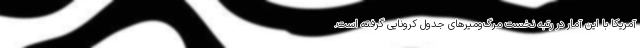
آمریکا با این آمار در رتبه نخست مرگ‌ومیرهای جدول کرونایی گرفته است.